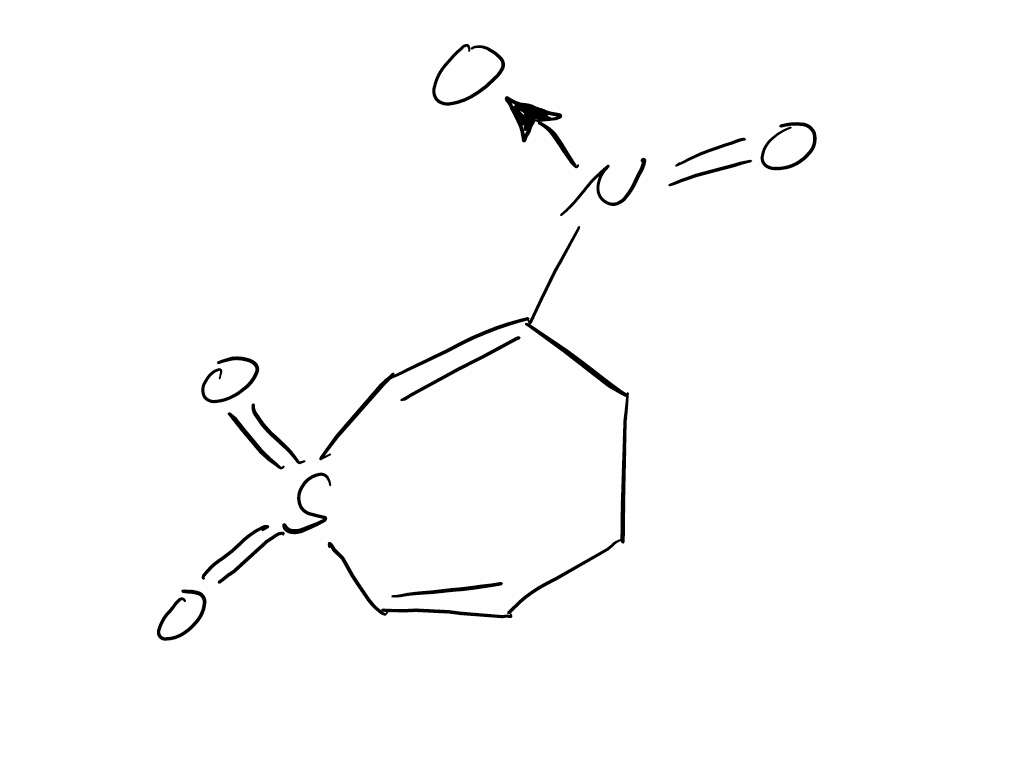
Simplified molecular-input line-entry system (SMILES) notation of the given molecule:
C1CC(=CS(=O)(=O)C=C1)[N+](=O)[O-]